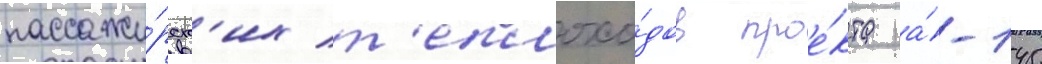
пассажи́рск'их т'еплохо́дов прое́кта а́-145